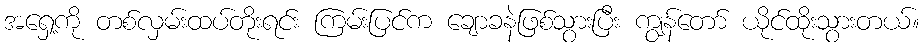
အရှေ့ကို တစ်လှမ်းထပ်တိုးရင်း ကြမ်းပြင်က ချောခနဲဖြစ်သွားပြီး ကျွန်တော် ယိုင်ထိုးသွားတယ်။